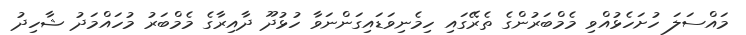
މައްސަލަ ހުށަހެޅުއްވި މެމްބަރުންގެ ތެރޭގައި ހިމެނިވަޑައިގަންނަވާ ހުޅުދޫ ދާއިރާގެ މެމްބަރު މުހައްމަދު ޝާހިދު